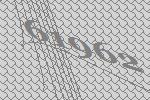
61962